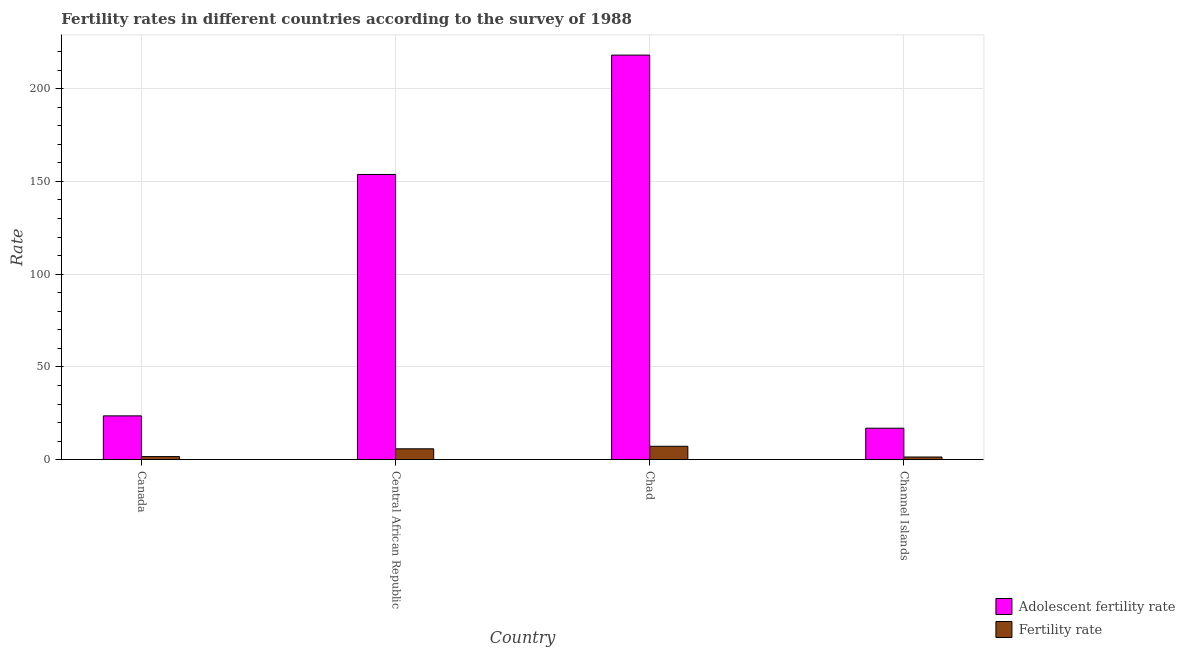
| Country | Adolescent fertility rate | Fertility rate |
 | --- | --- | --- |
 | Canada | 23.6 | 1.68 |
 | Central African Republic | 154 | 5.87 |
 | Chad | 218 | 7.24 |
 | Channel Islands | 17 | 1.45 |